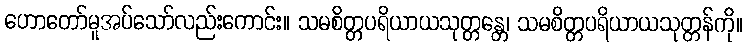
ဟောတော်မူအပ်သော်လည်းကောင်း။ သမစိတ္တပရိယာယသုတ္တန္တေ၊ သမစိတ္တပရိယာယသုတ္တန်ကို။